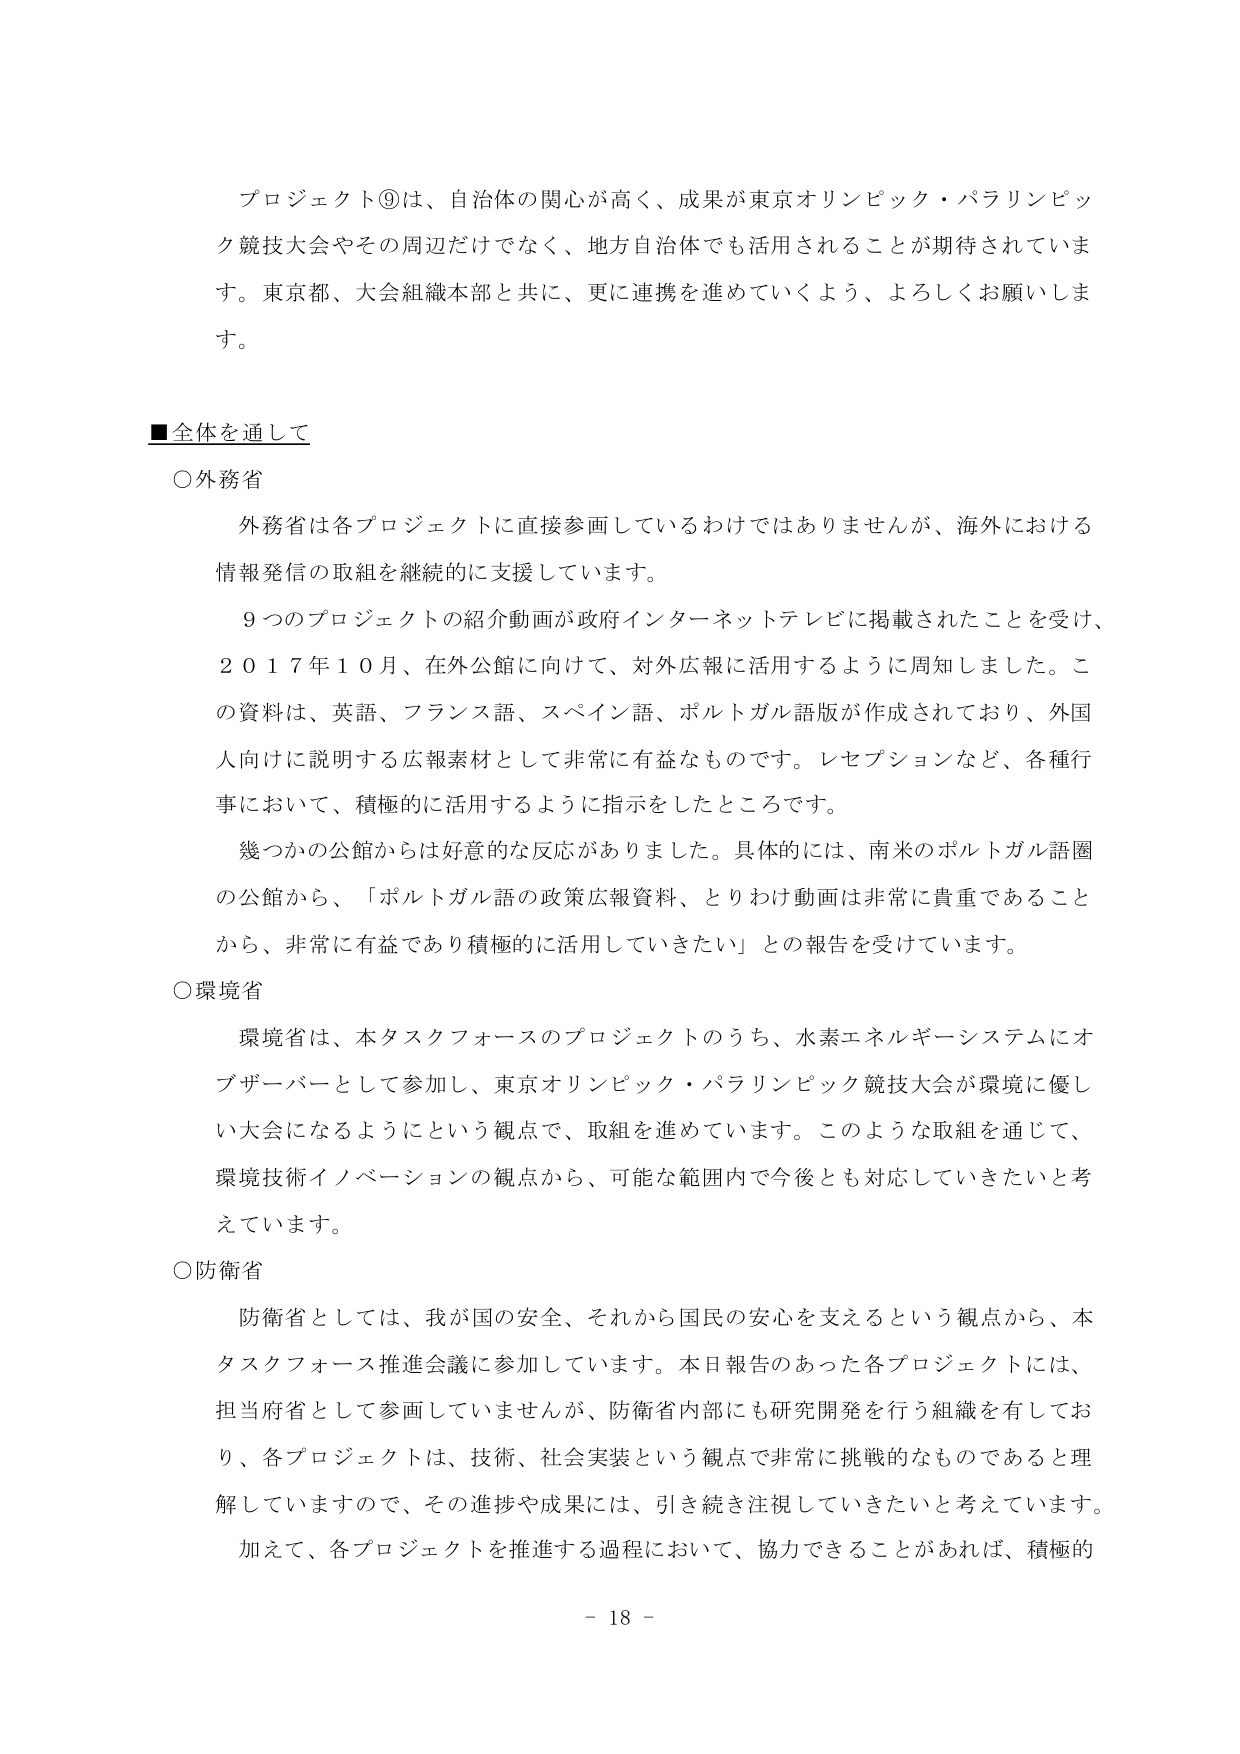
プロジェクト⑨は、自治体の関心が高く、成果が東京オリンピック・パラリンピック競技大会やその周辺だけでなく、地方自治体でも活用されることが期待されています。東京都、大会組織本部と共に、更に連携を進めていくよう、よろしくお願いします。

■全体を通して

○外務省
外務省は各プロジェクトに直接参画しているわけではありませんが、海外における情報発信の取組を継続的に支援しています。
９つのプロジェクトの紹介動画が政府インターネットテレビに掲載されたことを受け、２０１７年１０月、在外公館に向けて、対外広報に活用するように周知しました。この資料は、英語、フランス語、スペイン語、ポルトガル語版が作成されており、外国人向けに説明する広報素材として非常に有益なものです。レセプションなど、各種行事において、積極的に活用するように指示をしたところです。
幾つかの公館からは好意的な反応がありました。具体的には、南米のポルトガル語圏の公館から、「ポルトガル語の政策広報資料、とりわけ動画は非常に貴重であることから、非常に有益であり積極的に活用していきたい」との報告を受けています。

○環境省
環境省は、本タスクフォースのプロジェクトのうち、水素エネルギーシステムにオブザーバーとして参加し、東京オリンピック・パラリンピック競技大会が環境に優しい大会になるようにという観点で、取組を進めています。このような取組を通じて、環境技術イノベーションの観点から、可能な範囲内で今後とも対応していきたいと考えています。

○防衛省
防衛省としては、我が国の安全、それから国民の安心を支えるという観点から、本タスクフォース推進会議に参加しています。本日報告のあった各プロジェクトには、担当府省として参画していませんが、防衛省内部にも研究開発を行う組織を有しており、各プロジェクトは、技術、社会実装という観点で非常に挑戦的なものであると理解していますので、その進捗や成果には、引き続き注視していきたいと考えています。加えて、各プロジェクトを推進する過程において、協力できることがあれば、積極的

- 18 -